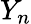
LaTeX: Y_{n}